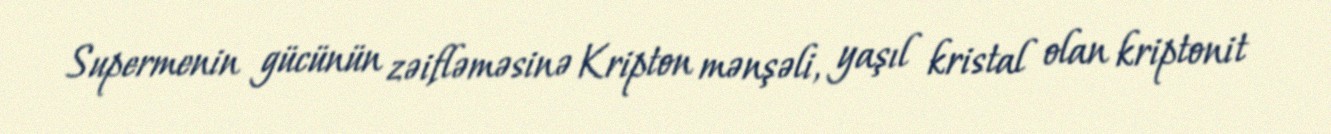
Supermenin gücünün zəifləməsinə Kripton mənşəli, yaşıl kristal olan kriptonit